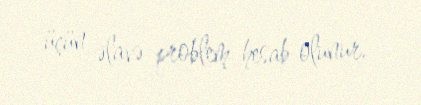
üçün əlavə problem hesab olunur.